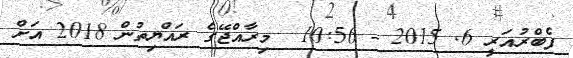
ފެބްރުއަރީ 6